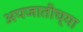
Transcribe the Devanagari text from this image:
अपजातीच्या